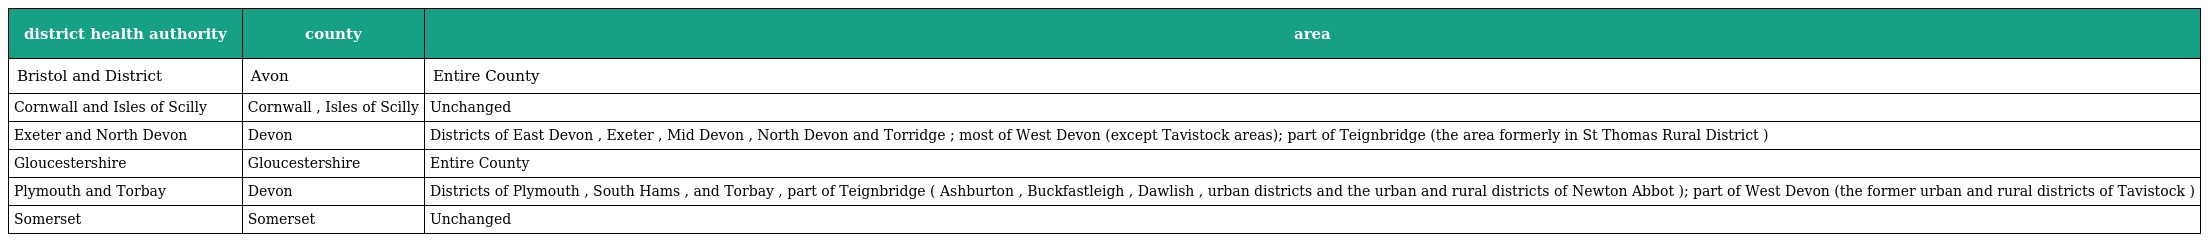
| district health authority | county | area |
 | --- | --- | --- |
 | Bristol and District | Avon | Entire County |
 | Cornwall and Isles of Scilly | Cornwall , Isles of Scilly | Unchanged |
 | Exeter and North Devon | Devon | Districts of East Devon , Exeter , Mid Devon , North Devon and Torridge ; most of West Devon (except Tavistock areas); part of Teignbridge (the area formerly in St Thomas Rural District ) |
 | Gloucestershire | Gloucestershire | Entire County |
 | Plymouth and Torbay | Devon | Districts of Plymouth , South Hams , and Torbay , part of Teignbridge ( Ashburton , Buckfastleigh , Dawlish , urban districts and the urban and rural districts of Newton Abbot ); part of West Devon (the former urban and rural districts of Tavistock ) |
 | Somerset | Somerset | Unchanged |